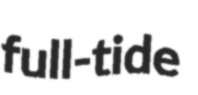
full-tide